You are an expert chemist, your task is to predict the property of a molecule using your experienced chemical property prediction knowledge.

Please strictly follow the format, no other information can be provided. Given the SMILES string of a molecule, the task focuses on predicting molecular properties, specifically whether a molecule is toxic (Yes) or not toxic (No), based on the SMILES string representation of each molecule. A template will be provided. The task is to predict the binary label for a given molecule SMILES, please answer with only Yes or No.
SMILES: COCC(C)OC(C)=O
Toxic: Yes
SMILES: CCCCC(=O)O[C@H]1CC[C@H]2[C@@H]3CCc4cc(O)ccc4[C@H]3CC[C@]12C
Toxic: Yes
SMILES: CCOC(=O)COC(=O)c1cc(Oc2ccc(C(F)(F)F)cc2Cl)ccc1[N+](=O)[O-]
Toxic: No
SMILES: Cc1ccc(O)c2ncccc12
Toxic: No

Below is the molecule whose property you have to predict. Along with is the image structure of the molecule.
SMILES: CCOCCOCCO
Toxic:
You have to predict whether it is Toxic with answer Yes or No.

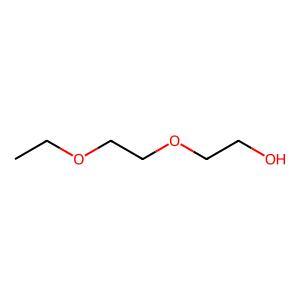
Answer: No